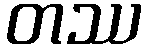
တဿ